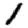
Digit: 1